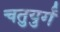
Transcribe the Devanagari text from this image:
चतुयुर्गं